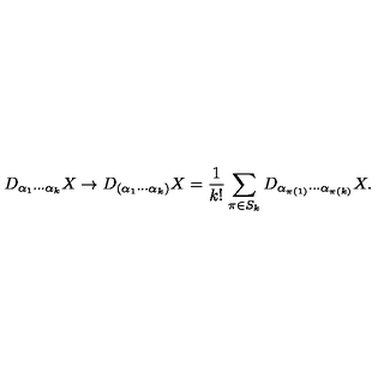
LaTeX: D _ { \alpha _ { 1 } \cdots \alpha _ { k } } X \to D _ { ( \alpha _ { 1 } \cdots \alpha _ { k } ) } X = \frac { 1 } { k ! } \sum _ { \pi \in S _ { k } } D _ { \alpha _ { \pi ( 1 ) } \cdots \alpha _ { \pi ( k ) } } X .